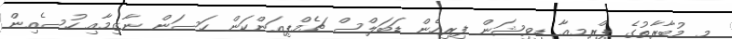
މި މުބާރާތުގެ ޕްރިމިއާ ޑިވިޝަން ފިރިހެން ޑަބަލްސް ޗެމްޕިއަންކަން ހަސަން ނާޒިމާއި ހުސެއިން